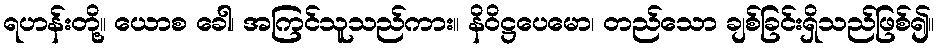
ရဟန်းတို့။ ယောစ ခေါ၊ အကြင်သူသည်ကား။ နိဝိဋ္ဌပေမော၊ တည်သော ချစ်ခြင်းရှိသည်ဖြစ်၍။